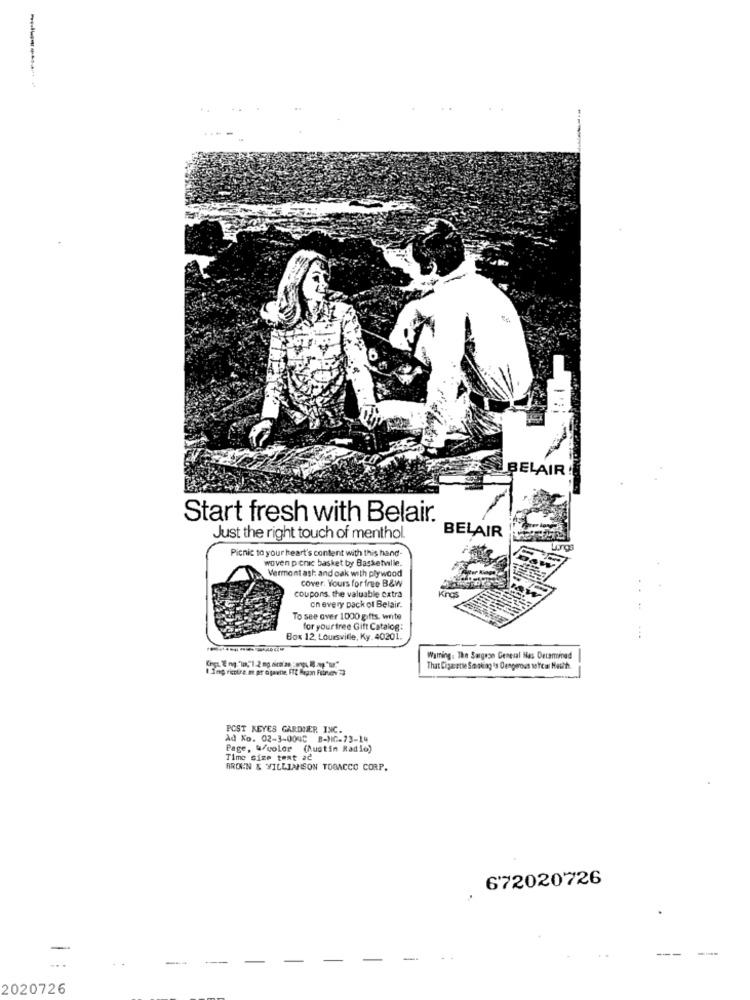
BELAIR !
Start fresh with Belair.
BELAIR
Just the right touch of menthol.
Picnic to your heart's content with this hand-
woven picnic basket by Basketwile.
Vermont ash and oak with plywood
cover. Yours for fre B&W
coupons. the valuable catra
on every pack of Belair.
To see over 1000 gifts. write
for your free Gift Catalog:
Box 12, Loursville, Ky. 40201.
Warning. The Surgeon General Nas Deceminad
That Cigarette So tk ag's Dengerous sefcar Hauth.
POST KEYES GARDNER INC.
Ad Ko. 02-3-0040 B-NC-73-14
Page, W/color (Austin Radio)
Time size test ac
BROWN & WILLIANSON TOBACCO CORP.
672020726
--
2020726